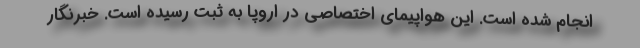
انجام شده است. این هواپیمای اختصاصی در اروپا به ثبت رسیده است. خبرنگار